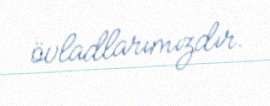
övladlarımızdır.